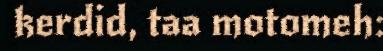
kerdid, taa motomeh: